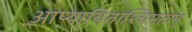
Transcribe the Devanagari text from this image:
आप्यायिताश्चिमतान्